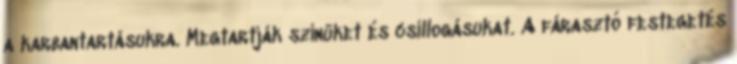
a karbantartásukra. Megtartják színüket és csillogásukat. A fárasztó festegetés